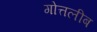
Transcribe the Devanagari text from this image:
गोत्तलीब